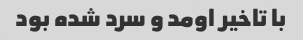
با تاخیر اومد و سرد شده بود